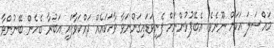
މައްސަލަ އަކަށް ނޫނެވެ. އެބޭފުޅުންނަށް ފެނިވަޑައިގަންނަވާ ވާހަކައެއް ދައްކަވާފައި އަބުރާ ބެހެން ބޭނުންވާ